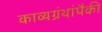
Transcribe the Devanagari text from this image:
काव्यग्रंथांपैकी